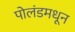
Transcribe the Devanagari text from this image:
पोलंडमधून